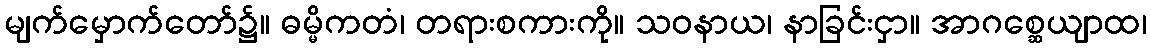
မျက်မှောက်တော်၌။ ဓမ္မိကတံ၊ တရားစကားကို။ သဝနာယ၊ နာခြင်းငှာ။ အာဂစ္ဆေယျာထ၊